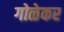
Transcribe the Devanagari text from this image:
गोळेकर